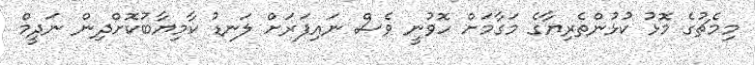
މިމެޗުގެ މޮޅު ކުޅުންތެރިޔާގެ މަގާމަށް ހޮވުނީ ވެސް ނައިފަރަށް ލަނޑު ކާމިޔާބުކޮށްދިން ނަދީމް